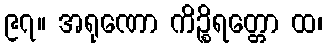
၉၇။ အရုဏော ကိဉ္စိရတ္တော ထ၊